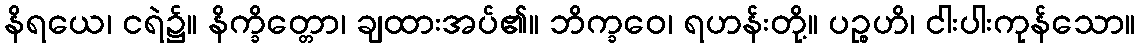
နိရယေ၊ ငရဲ၌။ နိက္ခိတ္တော၊ ချထားအပ်၏။ ဘိက္ခဝေ၊ ရဟန်းတို့။ ပဉ္စဟိ၊ ငါးပါးကုန်သော။